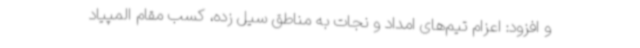
و افزود: اعزام تیم‌های امداد و نجات به مناطق سیل زده، کسب مقام المپیاد